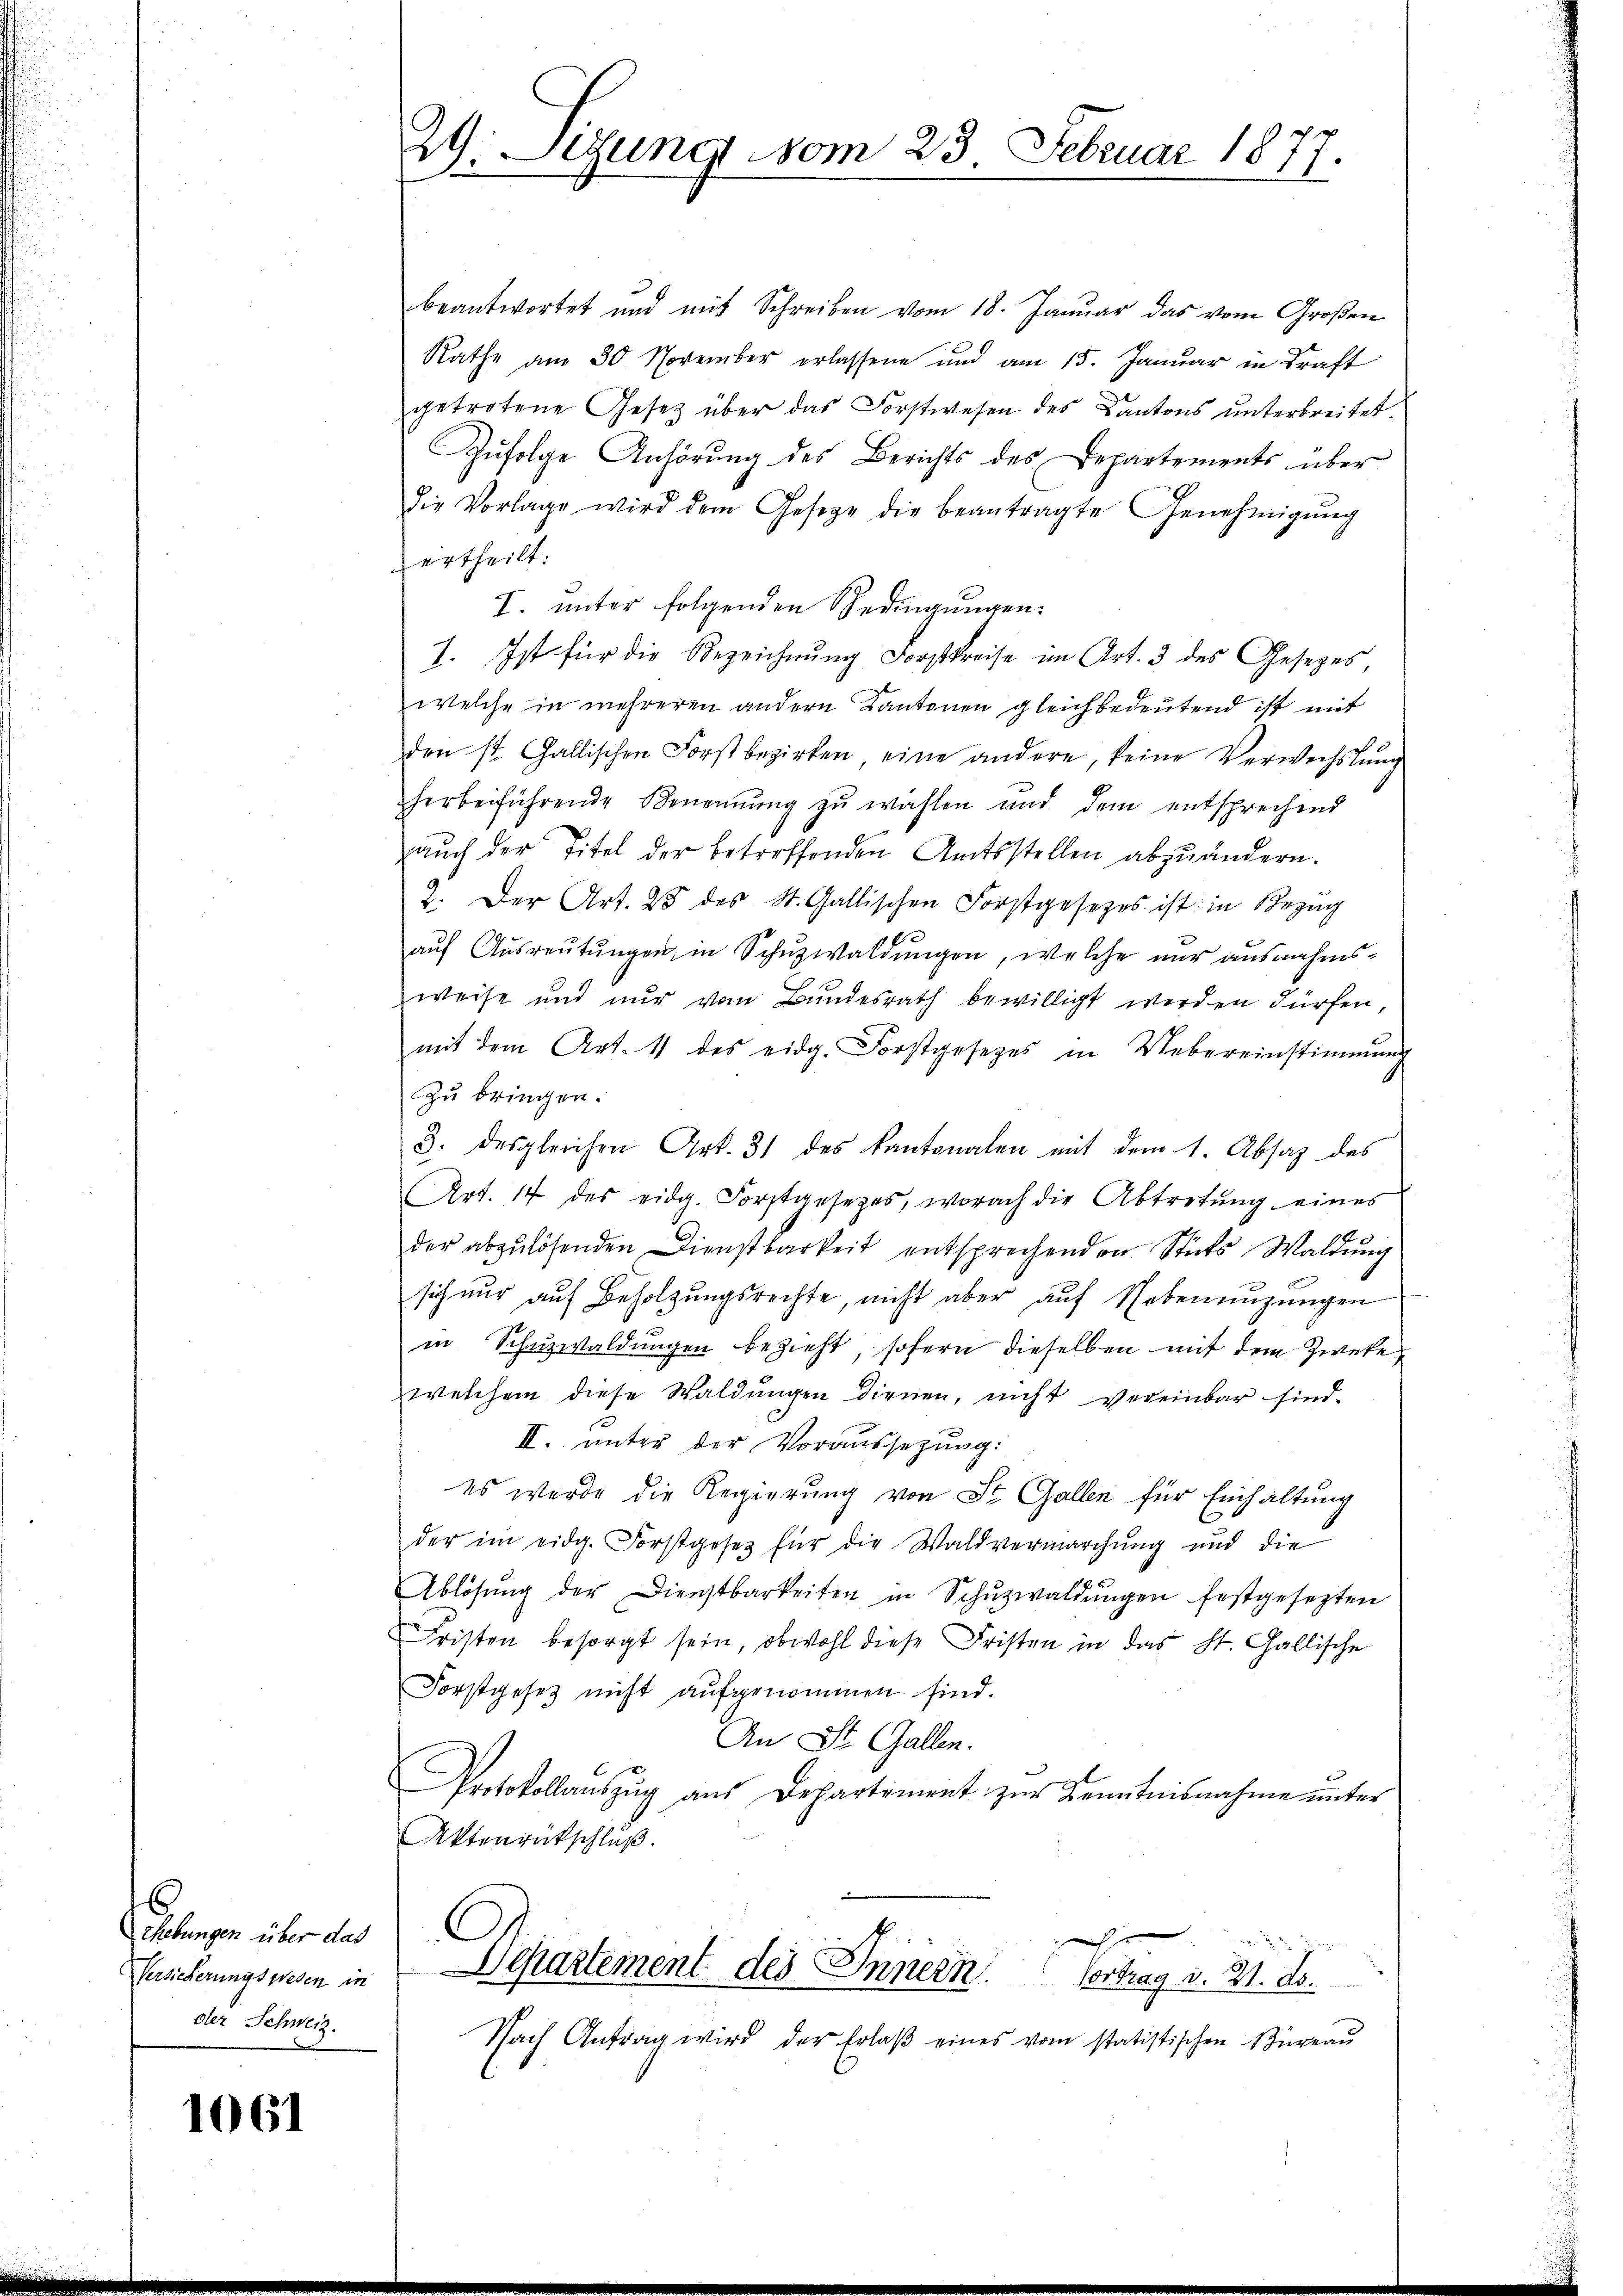
¬
hebungen über das
Versicherungswesen in
der Schweiz.

1061

1
29. Lesung vom 23. Februar 1877.
e

beantwortet und mit Schreiben vom 18. Januar das vom Großen
Rathe am 30. November erlassene und am 15. Januar in Kraft
getretene Gesetz über das Forstwesen des Kantons unterbreitet.
Zufolge Anhörung des Berichts des Departements über
die Vorlage wird dem Gesetze die beantragte Genehmigŭng
ertheilt:
I. unter folgenden Bedingungen.
1. Ist für die Bezeichnung Forstpreise im Art. 3 des Gesezes,
welche in mehreren andern Kantonen gleichbedeutend ist mit
den ist Gallischen Forst bezirken eine andere, keine Verwechslung
herbeiführende Benennung zu wählen und dem entsprechend
auch der Titel der betreffenden Amtsstellen abzuändern.
2. Der Art. 28 des St. Gallischen Forstgesetzes ist in Bezug
e
aŭf Aŭsreŭtŭngen in Schuzwaldungen, welche nur ausnahmsweise und nur vom Bundesrath bewilligt werden dürfen,
mit dem Art. 11 des eidg. Forstgesetzes in Uebereinstimmung
Zu bringen.
3. desgleichen Art. 31 des Kantonalen mit dem 1. Absaz des
(Art. 14 des eidg. Forstgesetzes, worach die Abtretŭng eines
der abzulösenden Dienstbarkeit entsprechenden Stuts Waldung
sich nur auf Beholzungsrechte, nicht aber auf Nebenenzungen
in Schuzwaldungen bezieht, sofern dieselben mit dem Zwete
welchem diese Waldungen dienen, nicht vereinbar sind.
II. unter der Voraussetzung:
es wurde die Regierung von St. Gallen für Einhaltung
der im eidg. Forstgesetz für die Waldvermarchung und die
Ablösung der Dienstbarkeiten in Schŭzwaldungen festgesezten
Fristen besorgt sein, obwohl diese Fristen in das St. Gallische
Forstgesetz nicht aufgenommen sind.
An St. Gallen.
Protokollauszug aus Departiment zur Kenntnisnahme unter
Aktenrutschluß.
ch
Departement des Innern. Vortrag v. 21. ds.
Nach Antrag wird der Erlaβ eines vom statistischen Büreaŭ